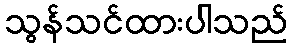
သွန်သင်ထားပါသည်